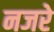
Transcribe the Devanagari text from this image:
नजरे